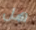
هل